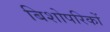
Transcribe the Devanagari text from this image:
बिशोपरिकों